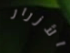
الأزرار